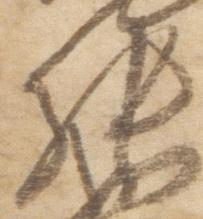
張